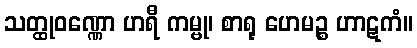
သတ္ထုဝဏ္ဏော ဟရီ ကမ္ဗု၊ စာရု ဟေမဉ္စ ဟာဋကံ။